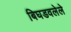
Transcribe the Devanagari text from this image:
बिघडवलेले